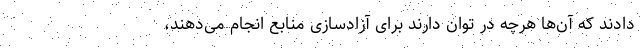
دادند که آن‌ها هرچه در توان دارند برای آزادسازی منابع انجام می‌دهند،